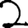
Digit: 2